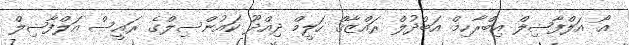
އޯ އަލްފާޟިލް އިބްރާހިމް އަބްދުލް ރައްޒާޤް ހަލީމް ދިއްދޫ ކައުންސިލްގެ ރައީސް އަލްފާޟިލް